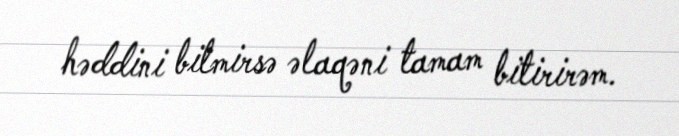
həddini bilmirsə əlaqəni tamam bitirirəm.